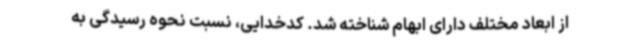
از ابعاد مختلف دارای ابهام شناخته شد. کدخدایی، نسبت نحوه رسیدگی به